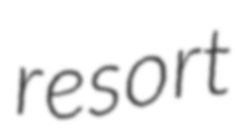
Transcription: resort